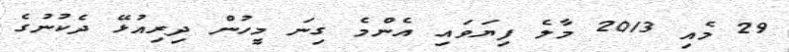
29 މެއި 2013 މާލެ ފިޔަވައި އެންމެ ގިނަ މީހުން ދިރިއުޅޭ ދެކުނުގެ